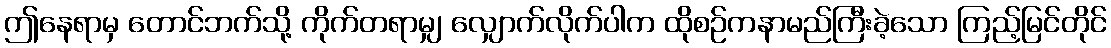
ဤနေရာမှ တောင်ဘက်သို့ ကိုက်တရာမျှ လျှောက်လိုက်ပါက ထိုစဉ်ကနာမည်ကြီးခဲ့သော ကြည့်မြင်တိုင်